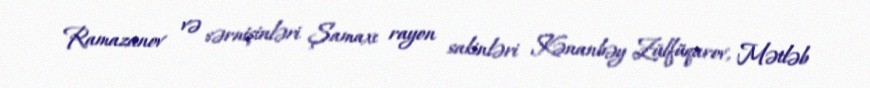
Ramazanov və sərnişinləri Şamaxı rayon sakinləri Kənanbəy Zülfüqarov, Mətləb